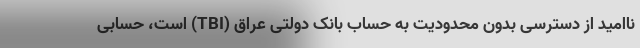
ناامید از دسترسی بدون محدودیت به حساب بانک دولتی عراق (TBI) است، حسابی